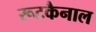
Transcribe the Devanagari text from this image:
रूटकैनाल